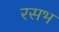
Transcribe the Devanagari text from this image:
रसभ